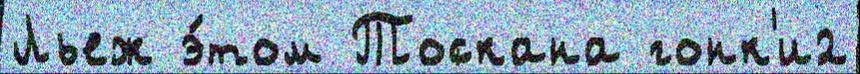
Льеж э́том Тоскана гонк'и2